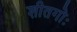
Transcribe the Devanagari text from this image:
शीतगोः